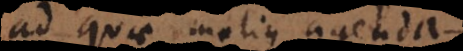
ad quae melius agenda